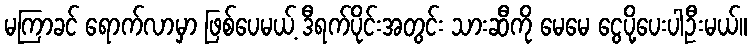
မကြာခင် ရောက်လာမှာ ဖြစ်ပေမယ့် ဒီရက်ပိုင်းအတွင်း သားဆီကို မေမေ ငွေပို့ပေးပါဦးမယ်။